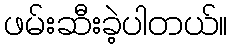
ဖမ်းဆီးခဲ့ပါတယ်။